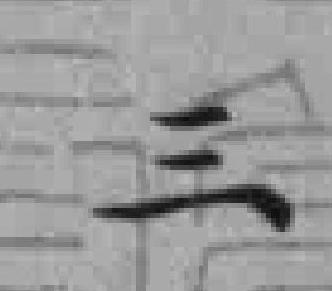
三